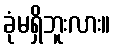
ခုံမရှိဘူးလား။